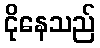
ငိုနေသည်